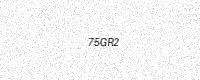
Text: 75GR2